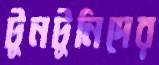
টুনটুনিদের